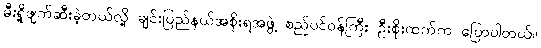
မီးရှို့ဖျက်ဆီးခဲ့တယ်လို့ ချင်းပြည်နယ်အစိုးရအဖွဲ့ စည်ပင်ဝန်ကြီး ဦးစိုးထက်က ပြောပါတယ်။